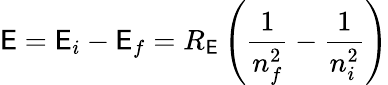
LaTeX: \mathsf{E}=\mathsf{E}_{i}-\mathsf{E}_{f}=R_{\mathrm{{\mathsf{E}}}}\left({\frac{{1}}{{n_{f}^{2}}}}-{\frac{{1}}{{n_{i}^{2}}}}\right)